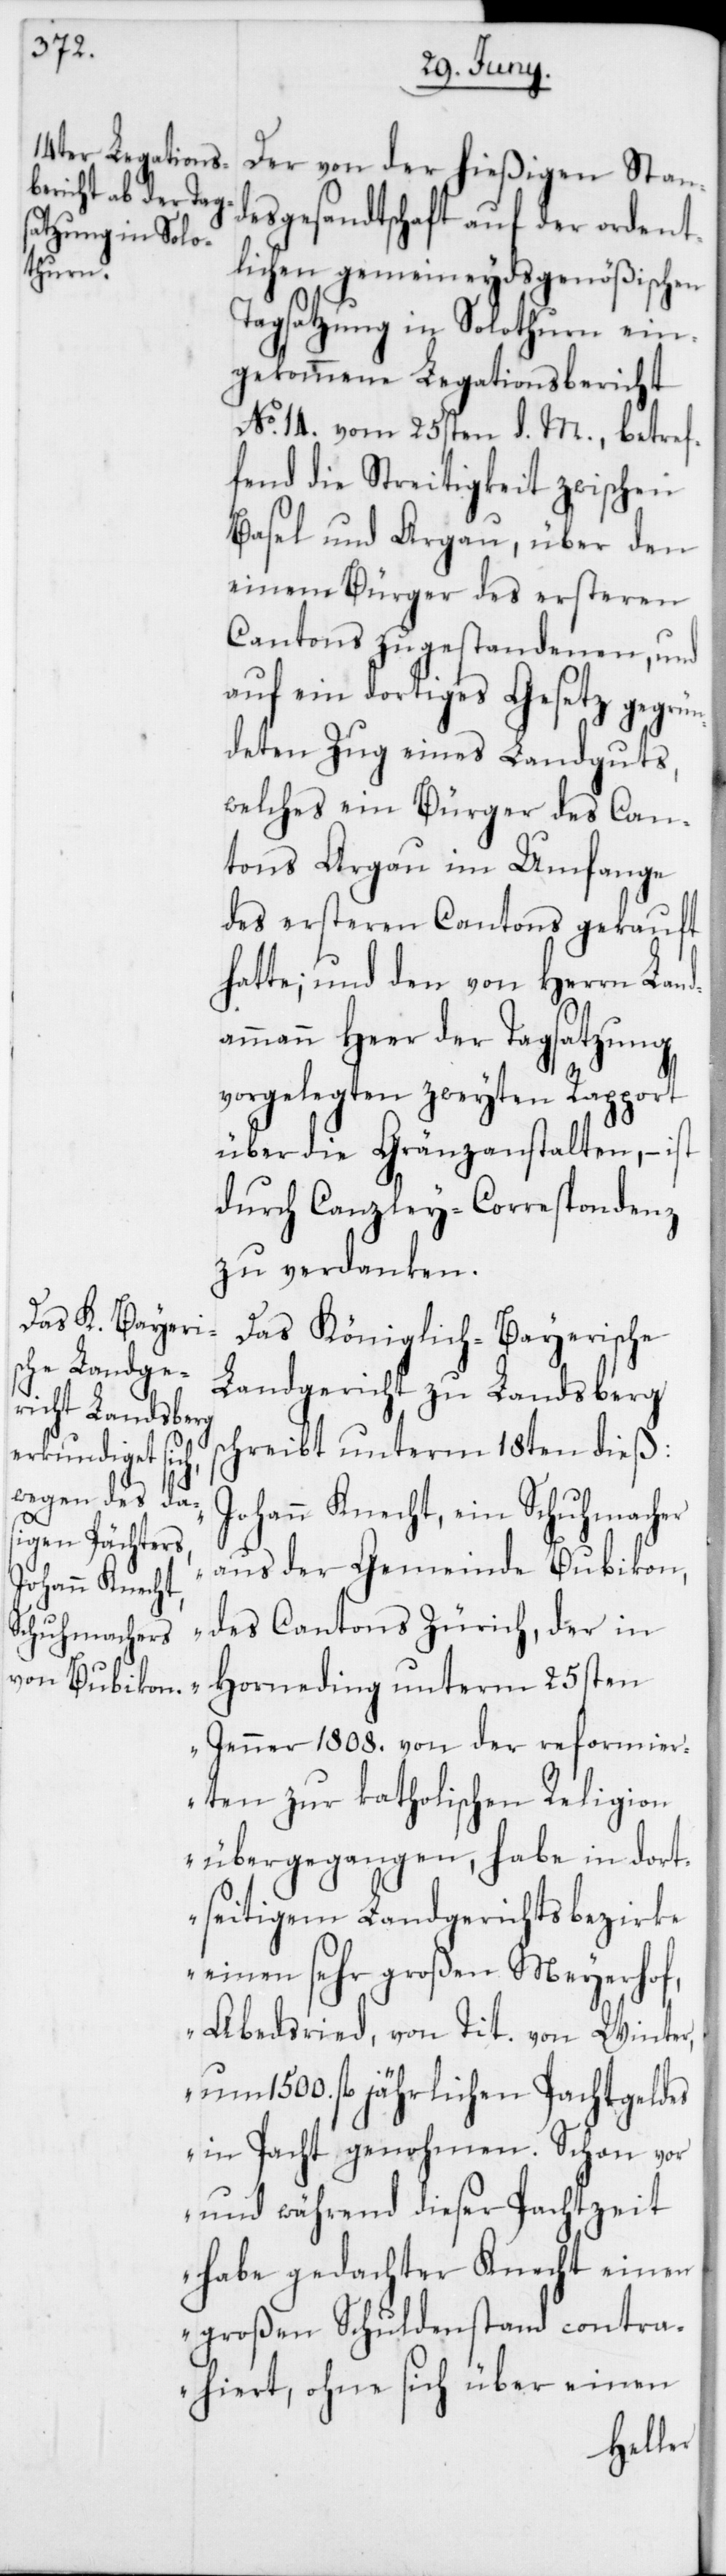
Der von der hießigen Sta¬
ndesgesandtschaft auf der ordent¬
lichen gemeineydsgenößischen
Tagsatzung in Solothurn ein¬
gekommene Legationsbericht
No. 14. vom 25sten d. M., betref¬
fend die Streitigkeit zwischen
Basel und Argau, über den
einem Bürger des ersteren
Cantons zugestandenen, und
auf ein dortiges Gesetz gegrün¬
deten Zug eines Landguts,
welches ein Bürger des Can¬
tons Argau im Umfange
des ersteren Cantons gekauft
hatte; und den von Herrn Land¬
ammann Heer der Tagsatzung
vorgelegten zweyten Rapport
über die Gränzanstalten, – ist
durch Canzley-Correspondenz
zu verdanken.
Das Königlich-Bayerische
Landgericht zu Landsberg
schreibt unterm 18ten dieß:
ohann Knecht, ein Schuhmacher
aus der Gemeinde Bubikon,
des Cantons Zürich, der in
Horneding unterm 25sten
Jenner 1808. von der reformier¬
„J¬
ten zur katholischen Religion
übergegangen, habe in dort¬
seitigem Landgerichtsbezirke
einen sehr großen Meyerhof,
Abedsried, von Tit. von Winter,
um 1500. fl. jährlichen Pachtgeldes
in Pacht genohmen. Schon vor
und während dieser Pachtzeit
habe gedachter Knecht einen
großen Schuldenstand contra¬
hiert, ohne sich über einen